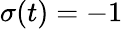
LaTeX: \sigma(t)=-1